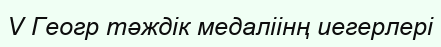
V Геогр тәждік медаліінң иегерлері